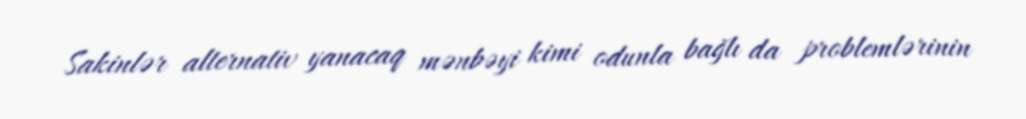
Sakinlər alternativ yanacaq mənbəyi kimi odunla bağlı da problemlərinin